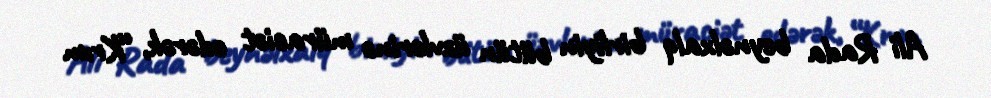
Ali Rada beynəlxalq birliyin bütün üzvlərinə müraciət edərək, “Krım